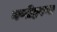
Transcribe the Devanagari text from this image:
गप्पीष्टपणा